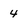
Character: 4